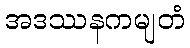
အဒဿနကမျတံ